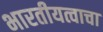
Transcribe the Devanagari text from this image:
भारतीयत्वाचा